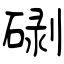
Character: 䃗